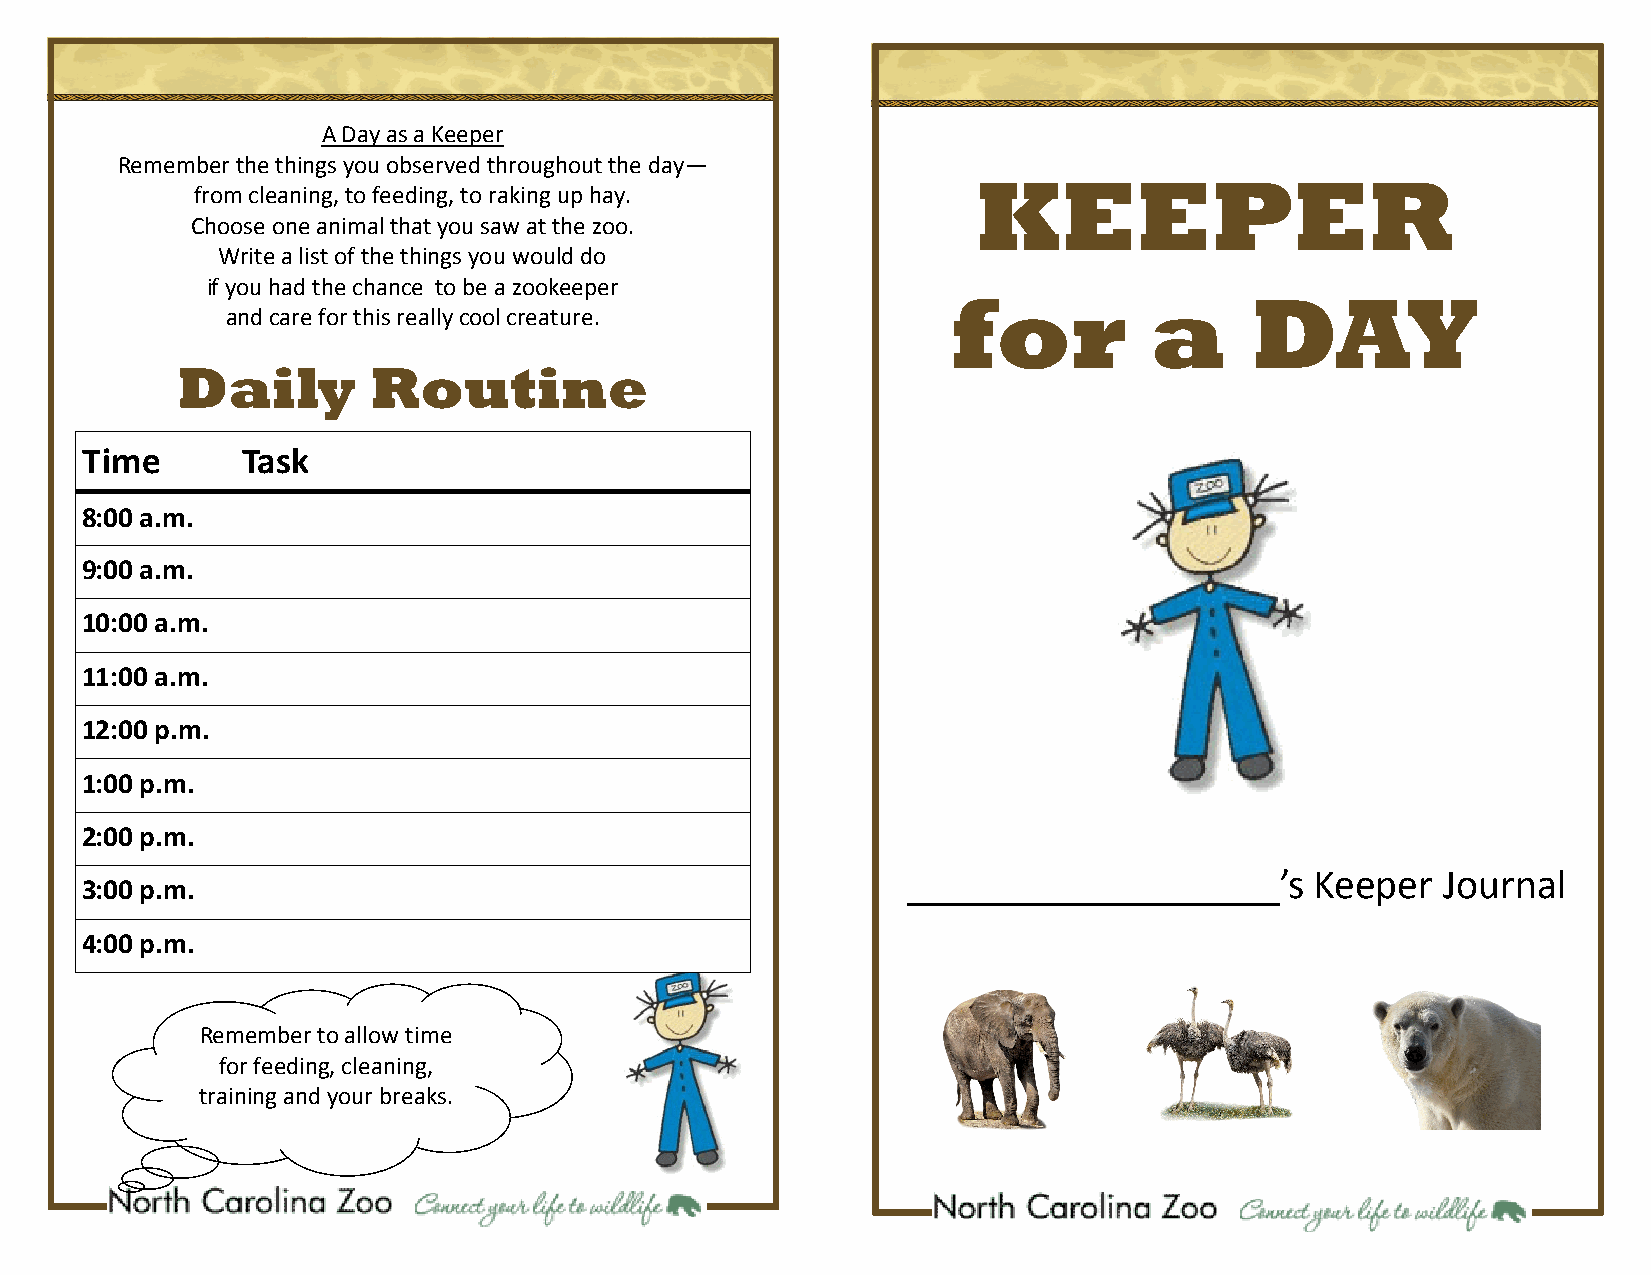
A Day as a Keeper
 Remember the things you observed throughout the day—
 KEEPER
 from cleaning, to feeding, to raking up hay.
 Choose one animal that you saw at the zoo.
 Write a list of the things you would do
 if you had the chance to be a zookeeper
 for          a      DAY
 and care for this really cool creature.
 Daily        Routine
 Time       Task
 8:00 a.m.
 9:00 a.m.
 10:00 a.m.
 11:00 a.m.
 12:00 p.m.
 1:00 p.m.
 2:00 p.m.
 3:00 p.m.
 __________________’s       Keeper  Journal
 4:00 p.m.
 Remember to allow time
 for feeding, cleaning,
 training and your breaks.